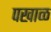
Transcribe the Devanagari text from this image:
पखाळ